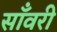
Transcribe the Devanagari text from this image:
साँवरी